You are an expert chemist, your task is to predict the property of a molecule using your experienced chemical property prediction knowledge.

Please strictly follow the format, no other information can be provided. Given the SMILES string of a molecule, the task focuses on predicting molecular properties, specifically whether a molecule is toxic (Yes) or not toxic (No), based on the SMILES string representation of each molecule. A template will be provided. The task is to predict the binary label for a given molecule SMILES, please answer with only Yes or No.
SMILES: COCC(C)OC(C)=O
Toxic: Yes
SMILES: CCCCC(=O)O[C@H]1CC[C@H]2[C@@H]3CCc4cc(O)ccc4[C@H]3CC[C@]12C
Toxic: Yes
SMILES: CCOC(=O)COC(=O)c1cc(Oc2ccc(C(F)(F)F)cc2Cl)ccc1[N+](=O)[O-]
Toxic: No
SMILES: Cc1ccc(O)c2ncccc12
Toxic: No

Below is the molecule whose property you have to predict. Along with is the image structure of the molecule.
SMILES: Cc1cc(OC(=O)N(C)C)nn1C(=O)N(C)C
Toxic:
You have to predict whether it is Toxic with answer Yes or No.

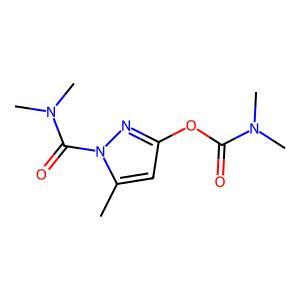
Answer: No